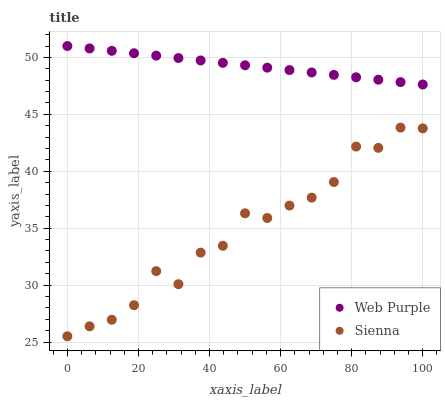
| xaxis_label | Web Purple | Sienna |
 | --- | --- | --- |
 | 0 | 51 | 25.5 |
 | 6.25 | 50.8 | 26.4 |
 | 12.5 | 50.6 | 27 |
 | 18.8 | 50.4 | 28.2 |
 | 25 | 50.2 | 31.2 |
 | 31.2 | 49.9 | 30.1 |
 | 37.5 | 49.7 | 32.9 |
 | 43.8 | 49.5 | 33.5 |
 | 50 | 49.3 | 36.3 |
 | 56.2 | 49.1 | 35.9 |
 | 62.5 | 48.9 | 37 |
 | 68.8 | 48.7 | 37.7 |
 | 75 | 48.5 | 39.1 |
 | 81.2 | 48.3 | 42.2 |
 | 87.5 | 48 | 42.1 |
 | 93.8 | 47.8 | 43.8 |
 | 100 | 47.6 | 43.8 |